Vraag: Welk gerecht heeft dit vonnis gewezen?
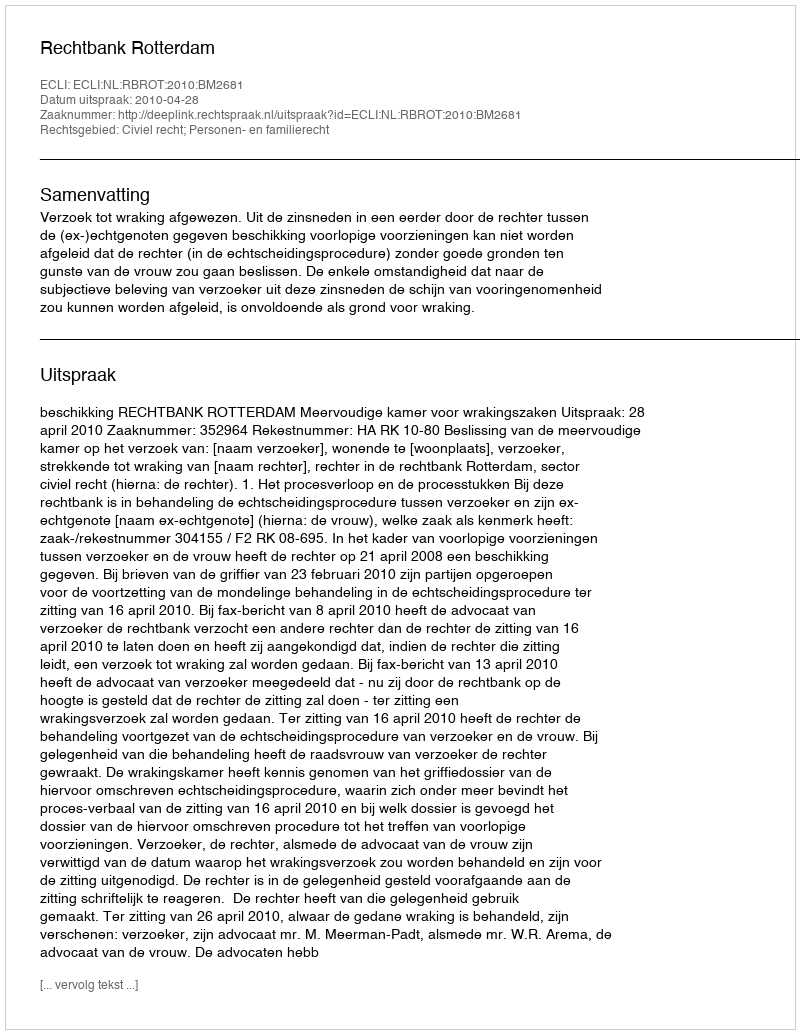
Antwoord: Rechtbank Rotterdam